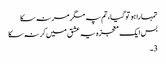
تمہارا ہو تو گیا، تم پہ مگر مر نہ سکا
بس ایک معجزہ یہ عشق میں کر نہ سکا
3۔